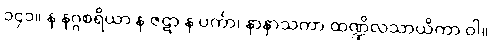
၁၄၁။ န နဂ္ဂစရိယာ န ဇဋာ န ပင်္ကာ၊ နာနာသကာ ထဏ္ဍိလသာယိကာ ဝါ။